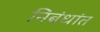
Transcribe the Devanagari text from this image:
निबंधांत